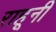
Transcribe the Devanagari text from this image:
राहूनी